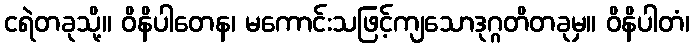
ငရဲတခုသို့။ ဝိနိပါတေန၊ မကောင်းသဖြင့်ကျသောဒုဂ္ဂတိတခုမှ။ ဝိနိပါတံ၊